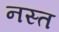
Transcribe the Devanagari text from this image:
नस्त